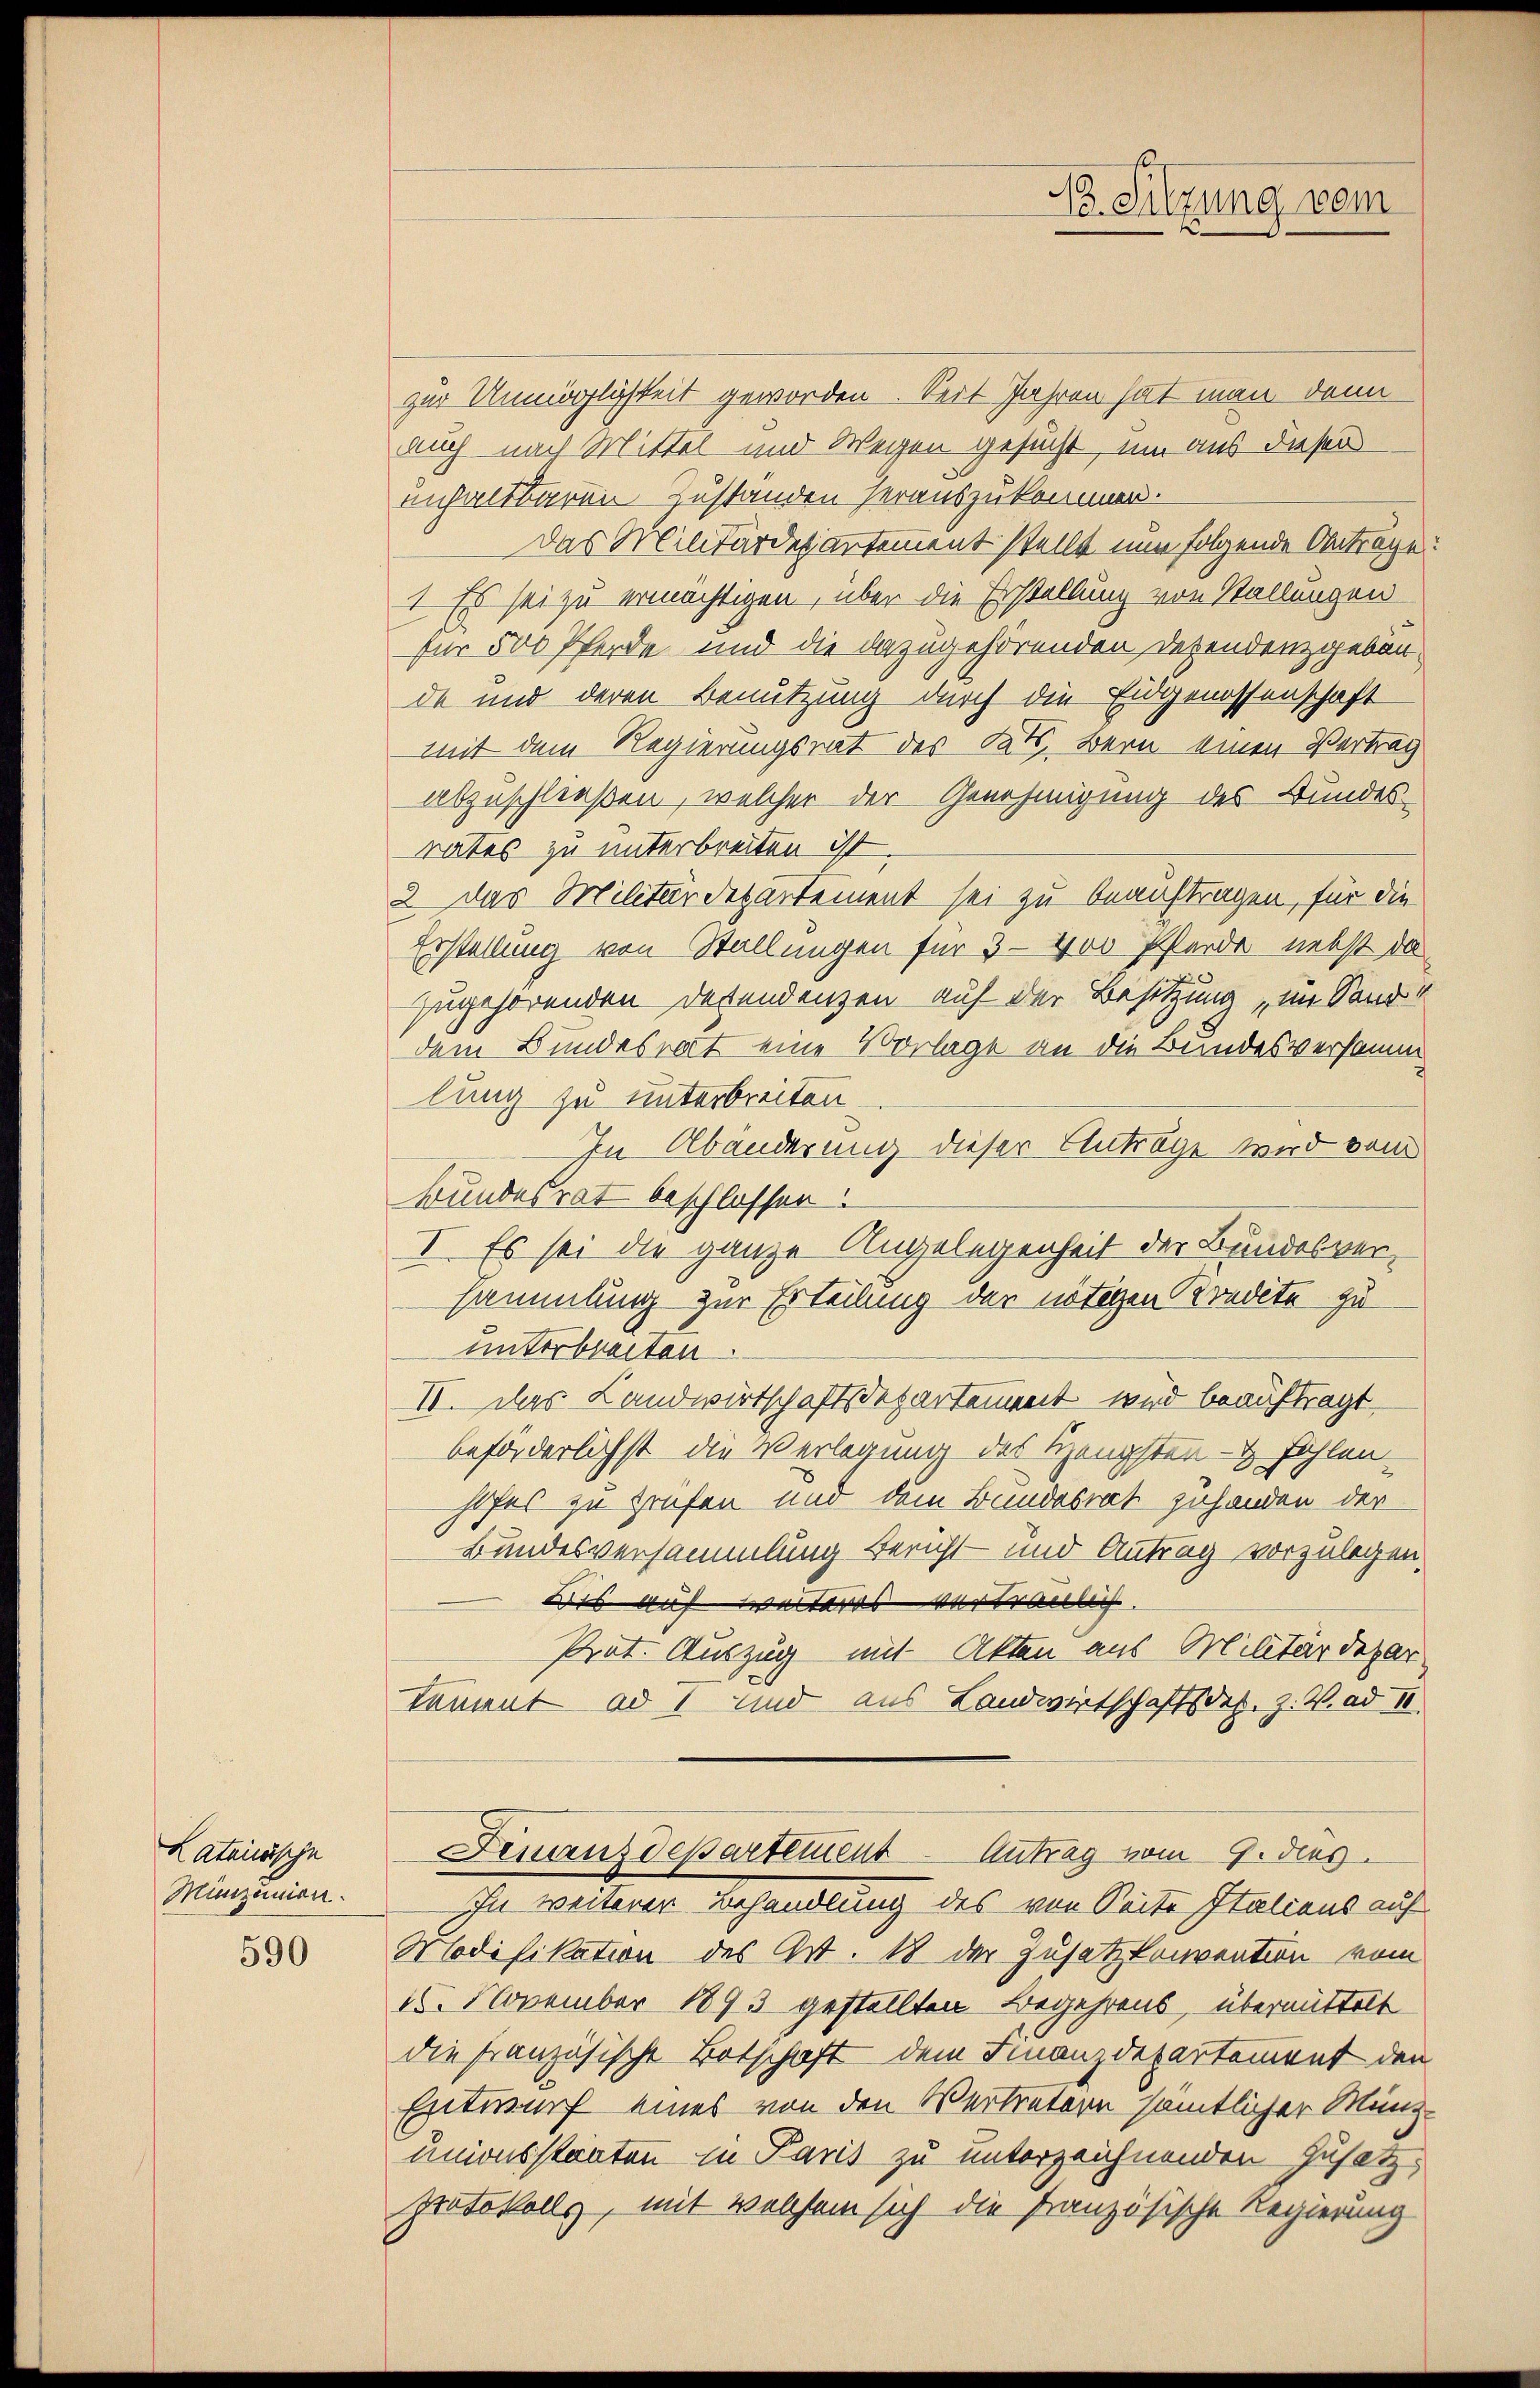
Lateinische
Munizinien.

590

zur Unmöglichkeit geworden. Seit Jahren hat man dann
auch nach Mittel und Wegen gesucht, um aus diesen
unhaltbaren Zustanden herauszukommen.
Das Militärdepantement stellt nun folgende Anträge:
1. Es sei zu ermächtigen, über die Erstellung von Stallungen
für 500 Pferde und die dazugehörenden Dependenzgebende und deren Benutzung durch die Eidgenossenschaft
mit dem Regierungsrat des Rats Bern einen Vertrag
abzuschließen, welcher der Genehmigung des Bundes-
rates zu unterbreiten ist.
2 das Militärdepartement sei zu beauftragen, für die
Erstellung von Stellungen für 3-400 Pferde nebst da
zugehörenden Desendenzen auf der Besitzung im Sand“
dem Bundesrat eine Vorlage an die Bundesversamm
lung zu unterbreiten.
In Abänderung dieser Anträge wird vom
Bundesrat beschlossen.
I. Es sei die ganze Angelegenheit der Bundesversammlung zur Erteilung der nötigen Kredite zu
unterbreiten.
II. Das Landwirtschaftsdepartement wird beauftragt.
beförderlichst die Verlegung des Hengsten- & Fehlen.
hofes zu trafen und dem Bundesrat zuhanden der
Bundesversammlung Bericht und Antrag vorzulegen,
Bis auf weiteres vertraulich
Prot. Auszug mit Akten aus Militärdepartament ad I und aus Landwirtschaftsdes. Z. V. ad II.
Finanzdepartement Antrag vom 9. dies
In weiterer Behandlung des von Seite Italiens auf
Modifikation des Art. 18 der Zusatzkonvention vom
15. November 1893 gestellten Begehrens, übermittelt
die französische Botschaft dem Finanzdepartement den
Entwurf eines von den Vertretern sämtlicher Münz-
unionsstanten in Paris zu unterzeichnenden Zusatz-
protokolls, mit welchem sich die französische Regierung

13. Silzung vom